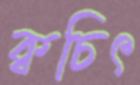
ক্বচিৎ